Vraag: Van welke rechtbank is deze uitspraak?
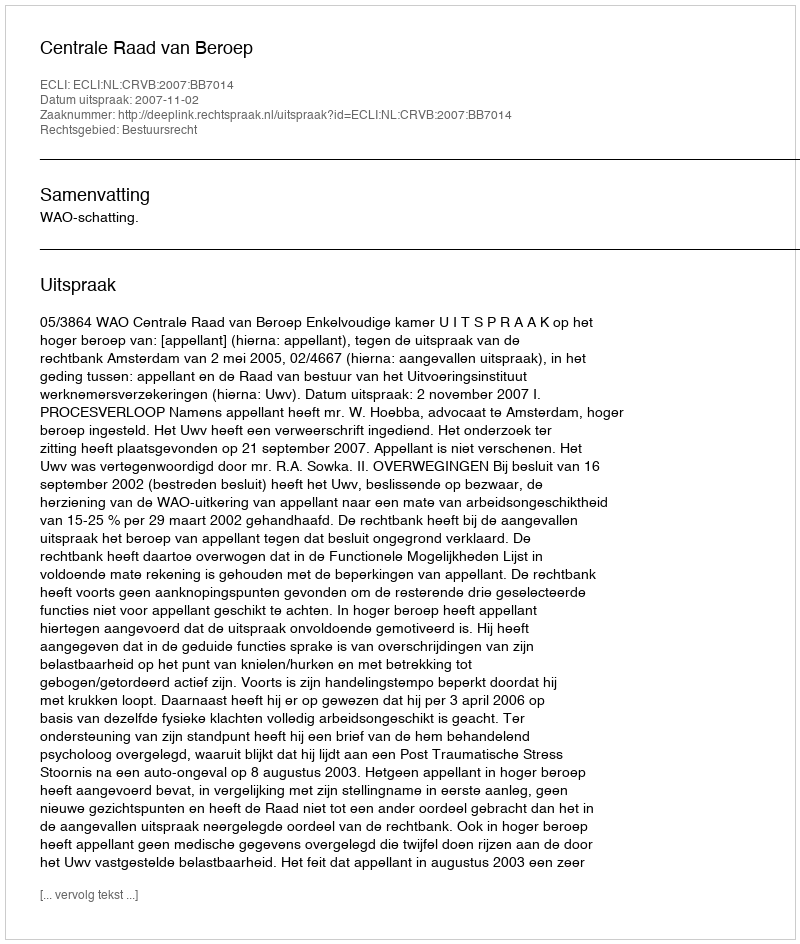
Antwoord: Centrale Raad van Beroep